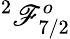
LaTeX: ^2\mathscr{F}_{7/2}^{o}